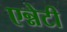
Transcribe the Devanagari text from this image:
एन्नेटी